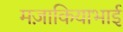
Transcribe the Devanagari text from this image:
मज़ाकियाभाई